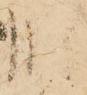
肥